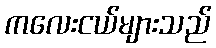
ကလေးငယ်များသည်